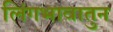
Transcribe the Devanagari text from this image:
लिंगभावातुन